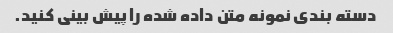
دسته بندی نمونه متن داده شده را پیش بینی کنید.